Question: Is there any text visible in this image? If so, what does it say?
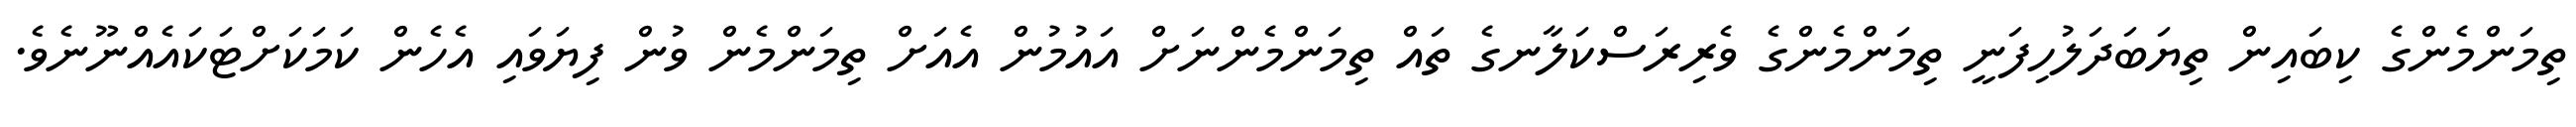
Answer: ތިމަންމެންގެ ކިބައިން ތިޔަބަދަލުހިފަނީ ތިމަންމެންގެ ވެރިރަސްކަލާނގެ ތައް ތިމަންމެންނަށް އައުމުން އެއަށް ތިމަންމެން ވުން ފިޔަވައި އެހެން ކަމަކަށްޓަކައެއްނޫނެވެ.